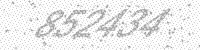
Solution: 852434